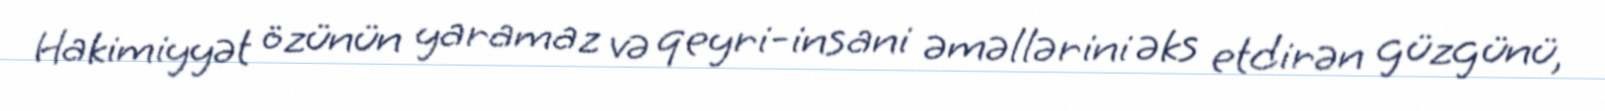
Hakimiyyət özünün yaramaz və qeyri-insani əməllərini əks etdirən güzgünü,